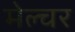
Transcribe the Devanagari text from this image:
मेल्चर